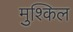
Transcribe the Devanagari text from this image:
मुश्‍किल